Vaccination in Bombay 1874-1876 - 1874-1876
Year: 1874
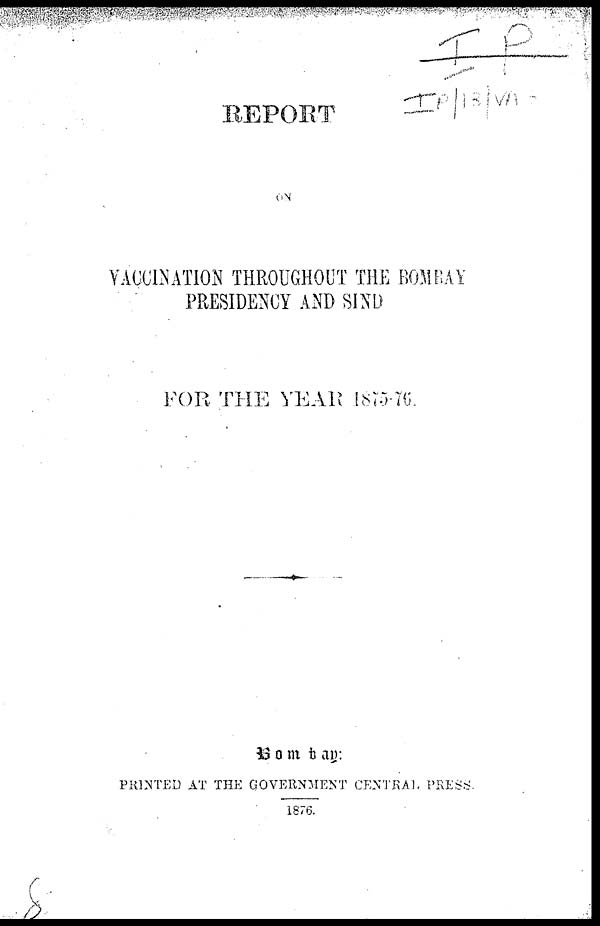
REPORT
ON
VACCINATION THROUGHOUT THE BOMBAY
PRESIDENCY AND SIND
FOR THE YEAR 1875-76.
Bombay:
PRINTED AT THE GOVERNMENT CENTRAL PRESS.
1876.